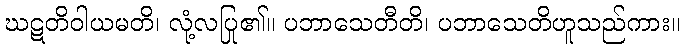
ဃဋတိဝါယမတိ၊ လုံ့လပြု၏။ ပဘာသေတီတိ၊ ပဘာသေတိဟူသည်ကား။